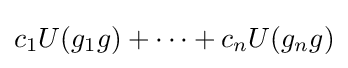
c_{1}U(g_{1}g)+\cdots +c_{n}U(g_{n}g)